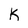
Character: K